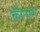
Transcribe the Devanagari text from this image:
कीनाश